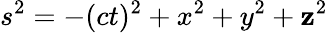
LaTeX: s^{2}=-(ct)^{2}+x^{2}+y^{2}+\mathbf{z}^{2}